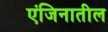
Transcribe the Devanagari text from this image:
एंजिनातील